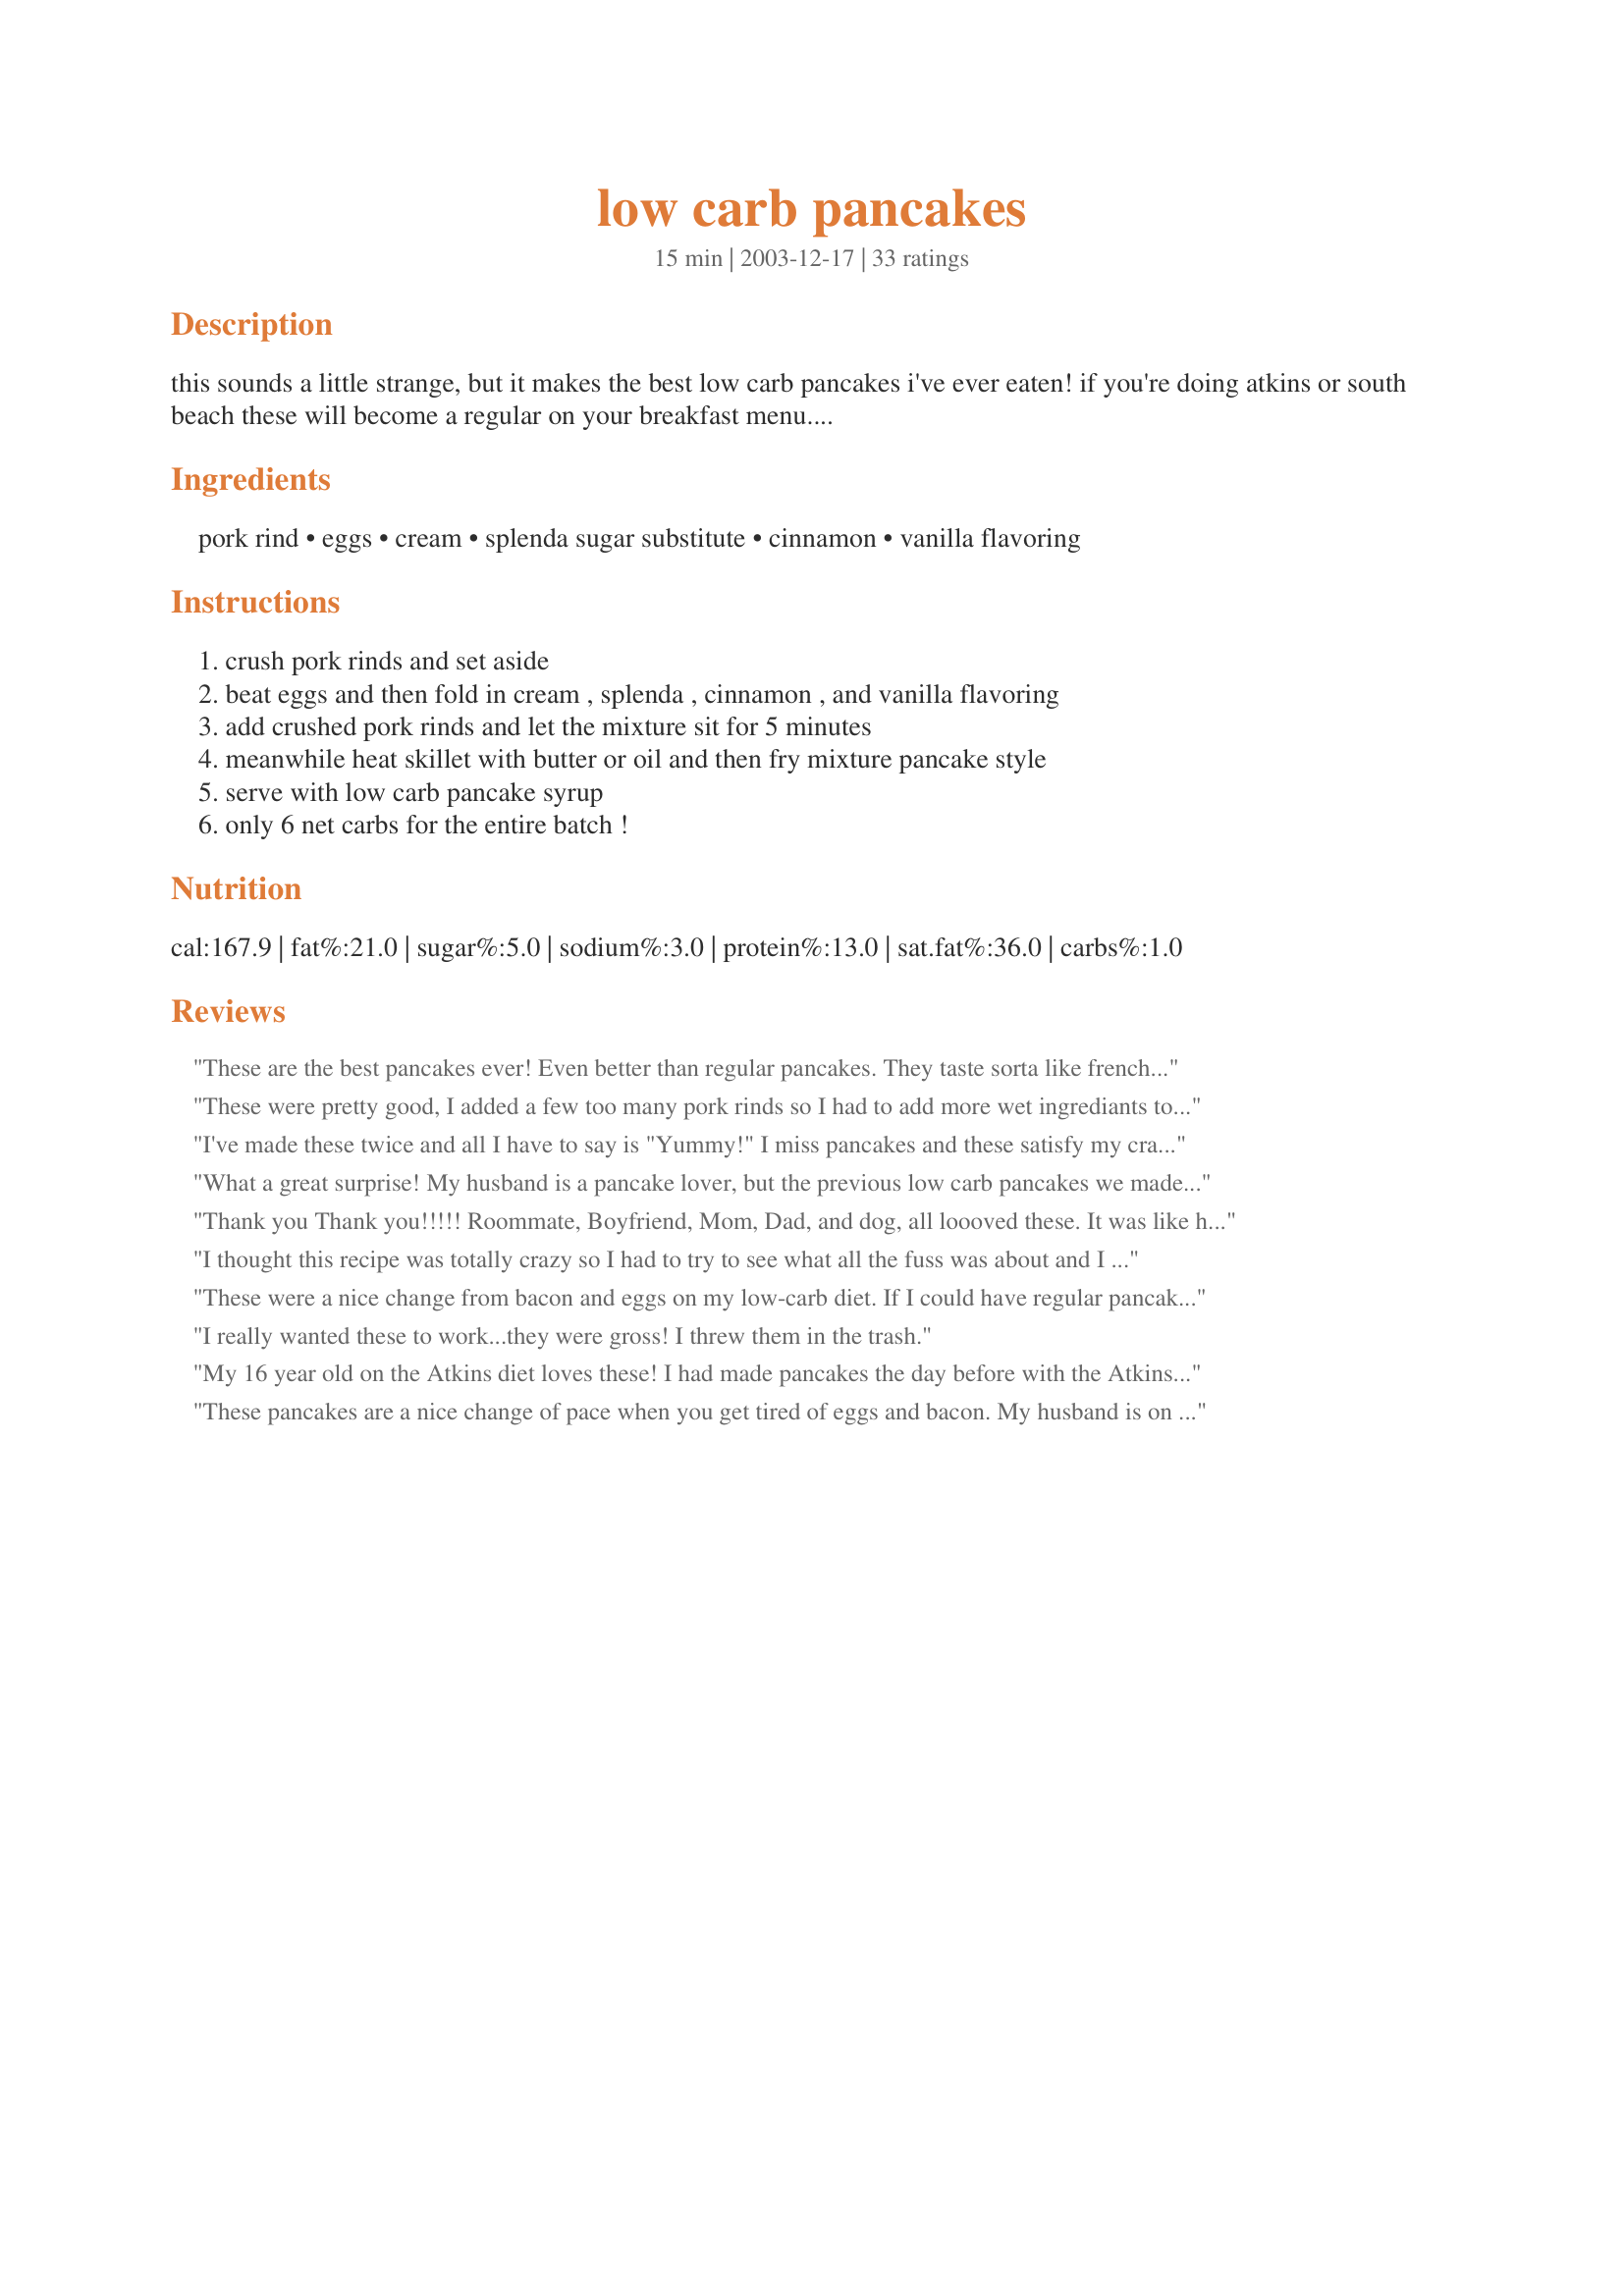
low carb pancakes
Preparation time: 15 minutes

this sounds a little strange, but it makes the best low carb pancakes i've ever eaten! if you're doing atkins or south beach these will become a regular on your breakfast menu....

Ingredients:
pork rind, eggs, cream, splenda sugar substitute, cinnamon, vanilla flavoring

Steps:
crush pork rinds and set aside, beat eggs and then fold in cream , splenda , cinnamon , and vanilla flavoring, add crushed pork rinds and let the mixture sit for 5 minutes, meanwhile heat skillet with butter or oil and then fry mixture pancake style, serve with low carb pancake syrup, only 6 net carbs for the entire batch !

Reviews:
These are the best pancakes ever! Even better than regular pancakes. They taste sorta like french toast pancakes. I use erythritol and stevia instead of the splenda and I also add some vanilla and baking powder. Make sure you use the puffy pork RINDS, not CRACKLINGS, which taste porky. Regular pork rinds do not taste like pork; they have a very neutral flavor and are perfect for this recipe. If you make the recipe right, everyone will love them and would never know they weren&#039;t regular pancakes.
These were pretty good, I added a few too many pork rinds so I had to add more wet ingrediants to compensate. It's a thicker more dense pancake, didn't know exactly what to expect. It's a nice change from eggs that's for sure. Thank you so much for sharing this recipe.
I've made these twice and all I have to say is "Yummy!" I miss pancakes and these satisfy my cravings.
Tiffany
What a great surprise! My husband is a pancake lover, but the previous low carb pancakes we made were not worth the trouble. This makes very light and tasty pancakes. Now if we could find a low carb syrup worth having... Thanks so much Jamie63!!
Thank you Thank you!!!!! Roommate, Boyfriend, Mom, Dad, and dog, all loooved these. It was like having real pancakes...Perfect FAB!!!!!
I thought this recipe was totally crazy so I had to try to see what all the fuss was about and I am glad I did. I tried syrup on one cake and peanut butter on the other. I LOVED the peanut butter one and will make these OFTEN! They do look a little funny but are the best low carb food i have eaten. Thanks so much for sharing
These were a nice change from bacon and eggs on my low-carb diet. If I could have regular pancakes those would be my first choice but as an alternative they really curbed my craving. Every once in a while I ran into a had chunk of pork rind. (hold back gag reflex....I'm not a big pork rind fan). And if I was trying real hard I could taste the pork rind flavor. BUT....I liked the texture and they looked just like the real thing. I'm sure I'll have them again.
I really wanted these to work...they were gross! I threw them in the trash.
My 16 year old on the Atkins diet loves these! I had made pancakes the day before with the Atkins baking mix and we couldn't stomach them. Horrible. SO I told her to try these and she said very good. Thanks.
These pancakes are a nice change of pace when you get tired of eggs and bacon. My husband is on Atkin's, induction phase, and he enjoyed these with the Atkin's syrup. I cut the recipe in half easily and made 3 smaller pancakes, which was a perfect serving size for him. The mixture is a bit thick, but easily fixed, and I couldn't smell the pork rinds when cooking them so I guess the vanilla and cinnamon covered it up pretty well. Hubby gave the star rating, because I didn't try it. He insisted on 4 stars but ate his breakfast pretty darn quick, if you ask me!
Mine turned into a thick blob. Okay taste but will not make again.
These are surprisingly very good BUT the spongy texture and eggy taste are reminiscent of french toast, not pancakes. For low carb pancakes I prefer using a recipe that uses almond flour but I'll be using this one when I have a craving for french toast. Thanks for sharing the recipe!
Very Good for low carb!! I'm going to prepare a batch for my husband to see what he thinks. Good Stuff!
An addendum to my previous post. I just did the math and if you eat all three pancakes, it works out to almost 740 calories! That doesn't include butter or syrup. No wonder I'm still full after eating them almost 6 hours ago... The nutritional facts listed with the recipe doesn't include the pork rinds! That would be like showing the nutritional info for cheesecake and not including the cream cheese!
I made this recipe tonight and it was amazing. I will never miss regular pancakes again. This will be a regular on my menu!
These tasted great with Atkins maple syrup. My mixture was very thick, I added 1/2 cup of water and divided the batter into 4 parts, made pattys like a burger and fried them in butter in a non-stick pan. Thanks for sharing Jaime63.
I found these to be very tasty. I agree that they have a taste/texture a lot like french toast. Which is fine with me because I love french toast. I was skeptical about this because I think pork rinds are kinda gross, honestly. But I actually quite enjoyed these.<br/><br/>I made these per the recipe except that I used Stevia instead of Splenda. Splenda gives me migraines...as does aspartame (nutrasweet). Lucky me. <br/><br/>I crushed the pork rinds in a ziplock using a roller. Worked fine & only took a minute or two.<br/><br/>The batter turned out pretty thick, so I spooned it onto the skillet & fried in light oil. I like somewhat thick, fluffy pancakes, so no arguments here. If you like the pancakes thinner, use more liquids.
This recipe sounded so odd, that I had to try it, even though I don't like pork rinds! It tastes very similar to scrapple. My DH sliced some scrapple thin and fried it for me before, and topped with syrup it has this similar taste. These pancakes are MUCH better though! It even reminded me a little of French toast! Thanks for sharing!
These pancakes are really good. I am diabetic and find that only low carb will keep my blood sugar under control. This worked and I enjoyed them very much. I crushed some more pork rinds and put them in the freezer. Don't know if that will work.
These were tasty, and I don't really like pork rinds so I was nervous.<br/>My issues are that depending on how finely you crush/grind your pork rinds you end up with different amounts. My was very finely ground and I think I ended up with more rinds than I should have. I added an additional 1/2 to 3/4 cup of water after letting it sit so that I had more of a batter and less of a paste.<br/>My main complaint is that these were pretty salty pancakes, I am not sure if they make a low-sodium or no-salt pork rind, but if they do I would try those and add salt to taste.<br/>I did use 1 tablespoon of Stevia in the Raw as I have bad reactions to Splenda.<br/>I ate the first couple trial pancakes plain and had the next two with a bit of melted blackberry jam on them )not low carb, but again I can't use Splenda and I have yet to find a low-carb syrup sweetened with stevia.<br/>Overall though I like these pancakes and they achieved what I was looking for. The last batch of low carb pancakes I made the batter was way too thin and these, although too thick, were correctable to an appropriate consistency. I think I may use the recipe that was too thin and simply bulk it up with a few crushed pork rinds, hopefully I will get the best of both worlds then :)<br/>Happy cooking!
These are fabulous! I prefer them to regular pancakes made with flour! Filling and guilt free....who could ask for more?
These are very tasty and remind me of french toast. I put low carb syrup and PB on them. My only advice is to crush your pork rinds ahead of time and put them in an airtight container. The smell of pork rinds first thing in the morning was a real turn-off for me.
I give it 5 stars, because it has potential. This is my first try with the recipe. Originally I kept it true to its ingredients. I cooked the first pancake as directed. Then i started tweaking. I added 1/2 cup water, 1/2 tsp cinnamon and vanilla. Liked the flavor better. I turned on my "Waring Pro" restaurant style waffle iron. Sprayed it with butter flavored oil spray and set the timer to 4. It worked out well.
I did notice that the waffle though fluffy was heavier than my all wheat or multiple grain waffles.
I like the flavor of bacon rinds, but hardly eat them as they get stuck in my throat. Reason is they swell to much. So I was not surprised when I recognized that those pancakes kept thickening up. I also note that when I ate my one pancake I was satisfied. Moments later, I felt full. I think those rinds continue to swell. 
I liked the flavor with the added cinnamon and vanilla, though the other was very eatable.
As a diabetic looking for lower carb recipes for breakfast, this one is a keeper.
These are good! I Just made them this morning!They do have a french toast flavor and texture. Honestly, I couldn't taste the pork rinds. I added 1/3 cup water because I like thinner pancakes and a little more cinnamon. Also, I'm not a huge fan of sugar substitues (gas,bloating) so I used 2 TBSP agave syrup. (find at your health food store) It is very sweet and has a super low glycemic index. (27) You can also use it on the pancakes but I chose Mrs. Butterworths Sugar Free Syrup (awesom flavor found at Walmart) which of course contains a sugar sub. - The main reason why I didn't want too much Splenda in the cakes. I ate these with this in mind: These are not traditional carb/sugar loaded cakes. Keep an open mind, they are something different that can take the place of heart failure on a plate...
Very good recipe, It was so odd that I had to try it. It does have a hint of pork rind taste, but if you up the Splenda, cinnamon, and Vanilla a little, and eat with Low carb syrup, it's hardly noticeable. They're a great alternative to expensive low carb mixes.
Made this morning, DH and I loved them. Am now experimenting with substituting flavorings with the no sugar drink syrups...really good. Wondered if they could be savory like griddle cakes or not?
Thank you for great recipe! New member.
These are really quick and easy to make. It's a good idea to crush the pork rinds ahead of time. These are definitely a good change of pace from eggs for breakfast.
Ok, and I agree with others that the consistency is more French toast than waffle or pancake. I did these in the waffle iron and got two huge waffles that puffed up beautifully. One filled me up, so I can't imagine one person eating the whole batch. That being said, I'm not sure this is almost 800 calories like a previous reviewer stated. You'd have to use a whole 5 oz bag to get your cup of crumbs, and I used less than a half. Half a 5 oz bag is about 400 calories. I'd have to guess that my one waffle was around 200 calories, which is on par with a regular serving of toaster waffles. I don't think this is going to replace the normal recipe I use that's lower fat, but it was a tasty enough experiment. I did use half a cup of egg whites, agave in the mix, and I subbed plain soy milk for the cream, since lactose spikes my blood sugar so bad. I also topped this with agave that I flavored with maple and butter extracts to taste more like breakfast syrup. My blood sugar stayed nice and level with this, so thanks for sharing!
INCREDIBLE!!!!!
I just Made these ( it made 2 nice size pancakes ) and they are just as filling too. I put a teaspoon of peanut butter on each one and then used Roddenbery's Northwoods Syrup made with Splenda. It has 0 net carbs and you really don't need that much. I will make these quite often. Try it you will like it!
I have been on induction forever and I usually try to stay away from granulated sweeteners because of the carb content however these absolutely saved me from caving in on a craving. They are fabulous.
Loved these pancakes even my husband couldn't beleive how good they were. Next time though I will try adding some water to thin them out a little.
Excellent! I served these with two strips of bacon and sunny-side eggs, and they were great!
Taste similar to a whole grain pancake like a Buckwheat pancake. Great with a Lo Carb Syrup.
